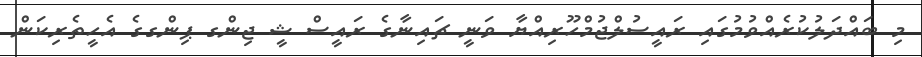
މި ބައްދަލުކުރެއްވުމުގައި ރައީސުލްޖުމްހޫރިއްޔާ ވަނީ ޗައިނާގެ ރައީސް ޝީ ޖިންގ ޕިންގގެ އެހީތެރިކަން